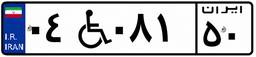
۰۴W۰۸۱۵۰